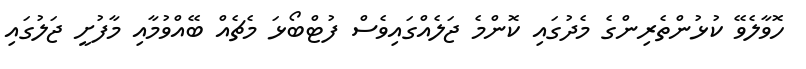
ހޮވާލެވޭ ކުޅުންތެރިންގެ މެދުގައި ކޮންމެ ޖަލެއްގައިވެސް ފުޓްބޯޅަ މެޗެއް ބޭއްވުމާއި މާފުށީ ޖަލުގައި